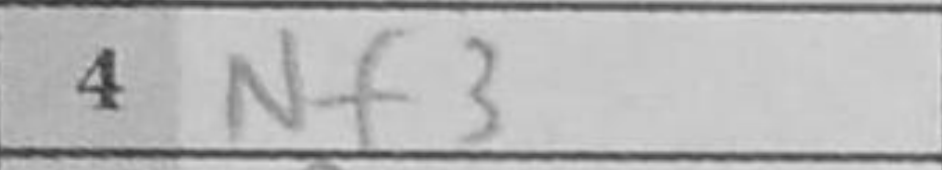
Transcription: Nf3